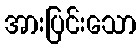
အားပြင်းသော